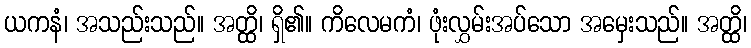
ယကနံ၊ အသည်းသည်။ အတ္ထိ၊ ရှိ၏။ ကိလေမကံ၊ ဖုံးလွှမ်းအပ်သော အမှေးသည်။ အတ္ထိ၊